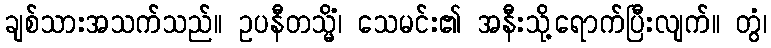
ချစ်သားအသက်သည်။ ဥပနီတသ္မိံ၊ သေမင်း၏ အနီးသို့ရောက်ပြီးလျက်။ တွံ၊